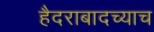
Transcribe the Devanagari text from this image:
हैदराबादच्याच